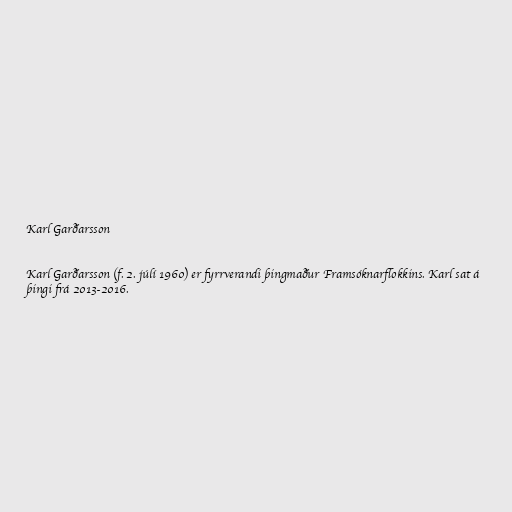
Karl Garðarsson

Karl Garðarsson (f. 2. júlí 1960) er fyrrverandi þingmaður Framsóknarflokkins. Karl sat á
þingi frá 2013-2016.